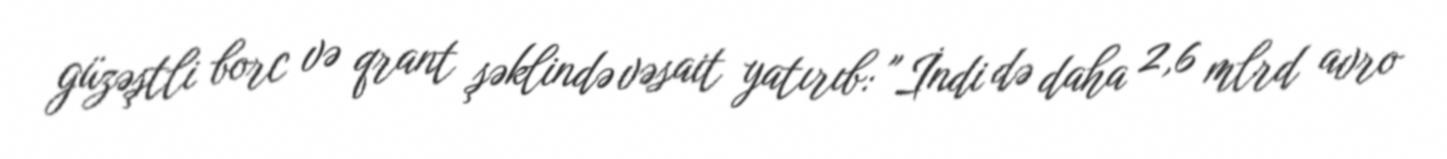
güzəştli borc və qrant şəklində vəsait yatırıb: "İndi də daha 2,6 mlrd avro